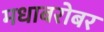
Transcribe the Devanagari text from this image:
मधाबरोबर